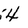
Character: 4